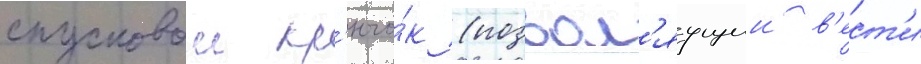
спусковои кр'ючо́к (позвол'яущии в'ест'и